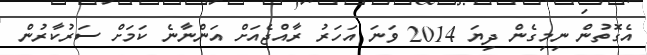
އެގޮތުން ނިމިގެން ދިޔަ 2014 ވަނަ އަހަރު ރާއްޖެއަށް އަންނާނެ ކަމަށް ސަރުކާރުން